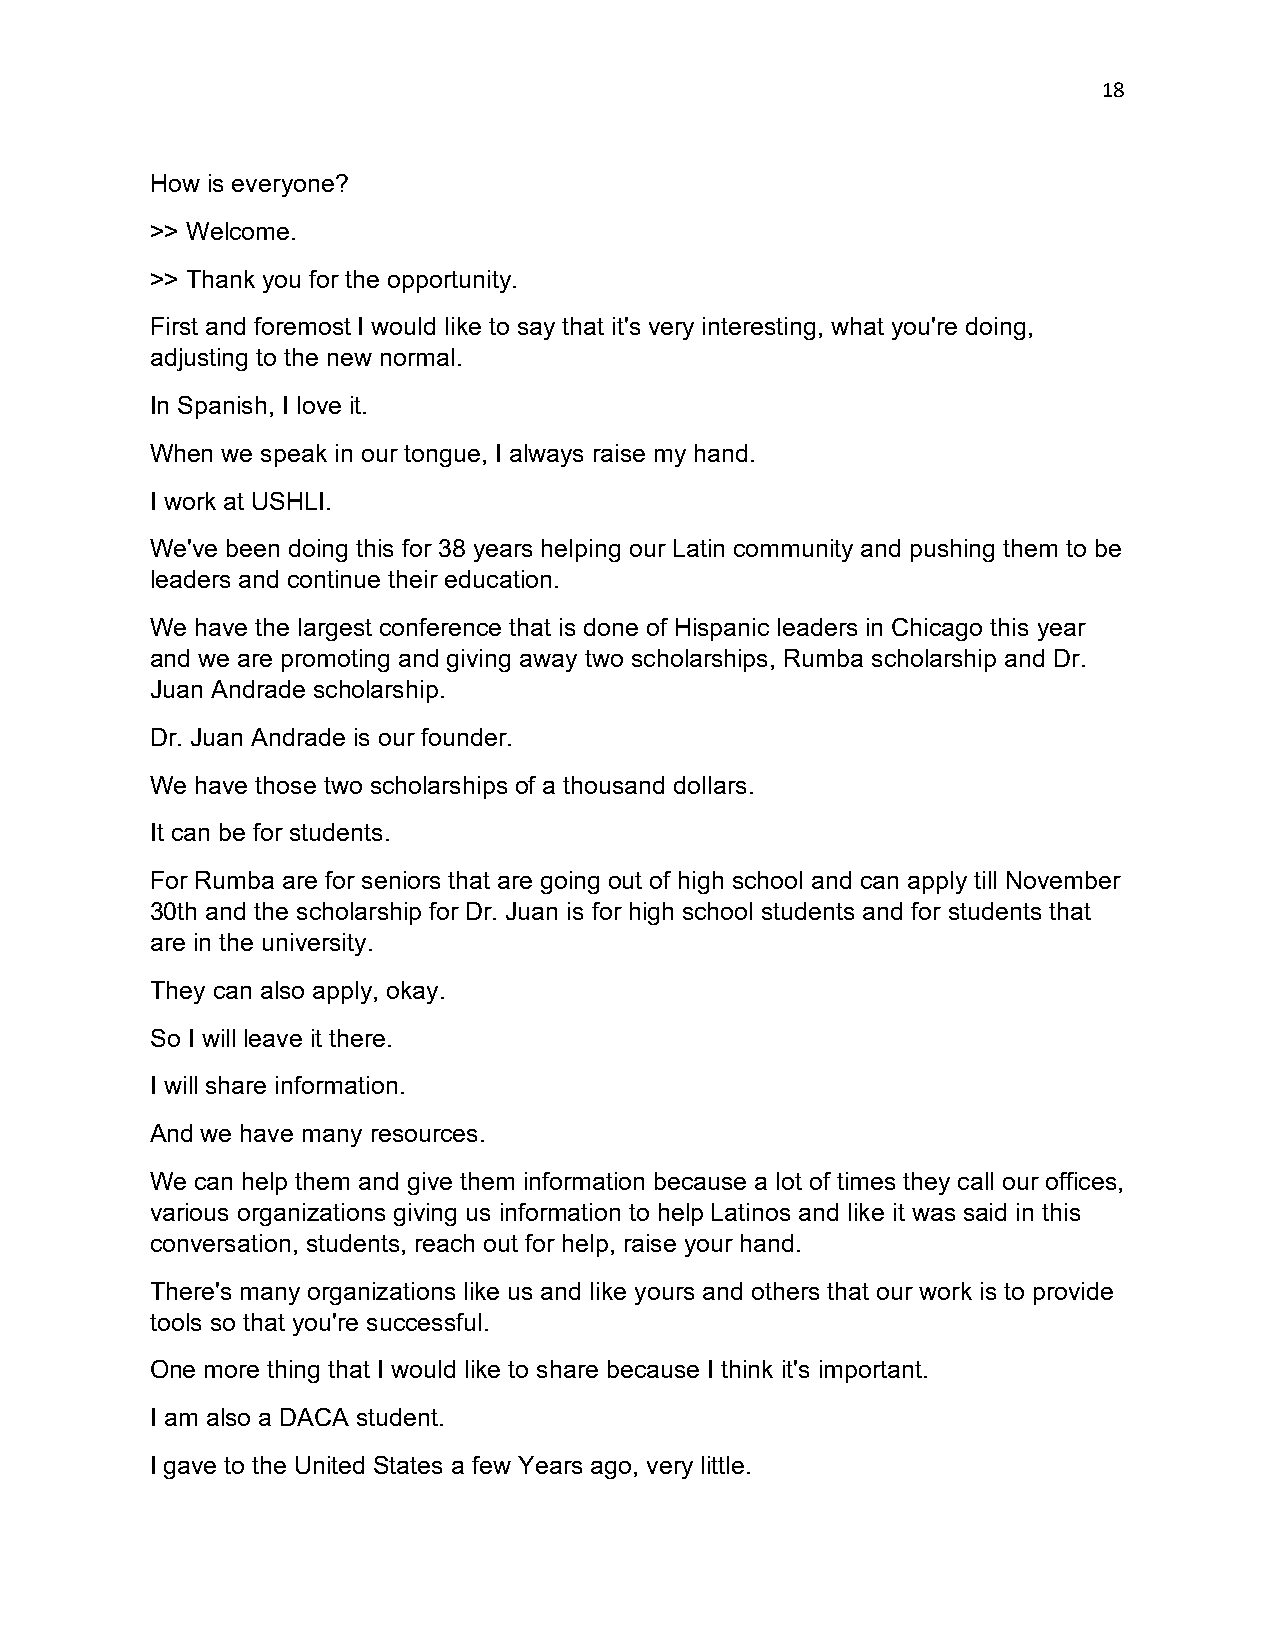
18
 How is everyone?
 >> Welcome.
 >> Thank you for the opportunity.
 First and foremost I would like to say that it's very interesting, what you're doing,
 adjusting to the new normal.
 In Spanish, I love it.
 When we speak in our tongue, I always raise my hand.
 I work at USHLI.
 We've been doing this for 38 years helping our Latin community and pushing them to be
 leaders and continue their education.
 We have the largest conference that is done of Hispanic leaders in Chicago this year
 and we are promoting and giving away two scholarships, Rumba scholarship and Dr.
 Juan Andrade scholarship.
 Dr. Juan Andrade is our founder.
 We have those two scholarships of a thousand dollars.
 It can be for students.
 For Rumba are for seniors that are going out of high school and can apply till November
 30th and the scholarship for Dr. Juan is for high school students and for students that
 are in the university.
 They can also apply, okay.
 So I will leave it there.
 I will share information.
 And we have many resources.
 We can help them and give them information because a lot of times they call our offices,
 various organizations giving us information to help Latinos and like it was said in this
 conversation, students, reach out for help, raise your hand.
 There's many organizations like us and like yours and others that our work is to provide
 tools so that you're successful.
 One more thing that I would like to share because I think it's important.
 I am also a DACA student.
 I gave to the United States a few Years ago, very little.